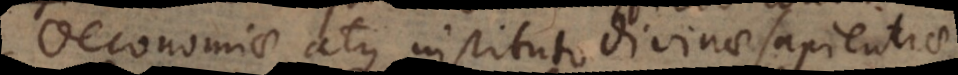
atque instituto divinae sapientiae